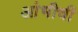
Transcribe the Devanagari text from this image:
आंभीची